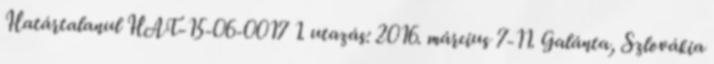
Határtalanul HAT-15-06-0017 1. utazás: 2016. március 7-11. Galánta, Szlovákia